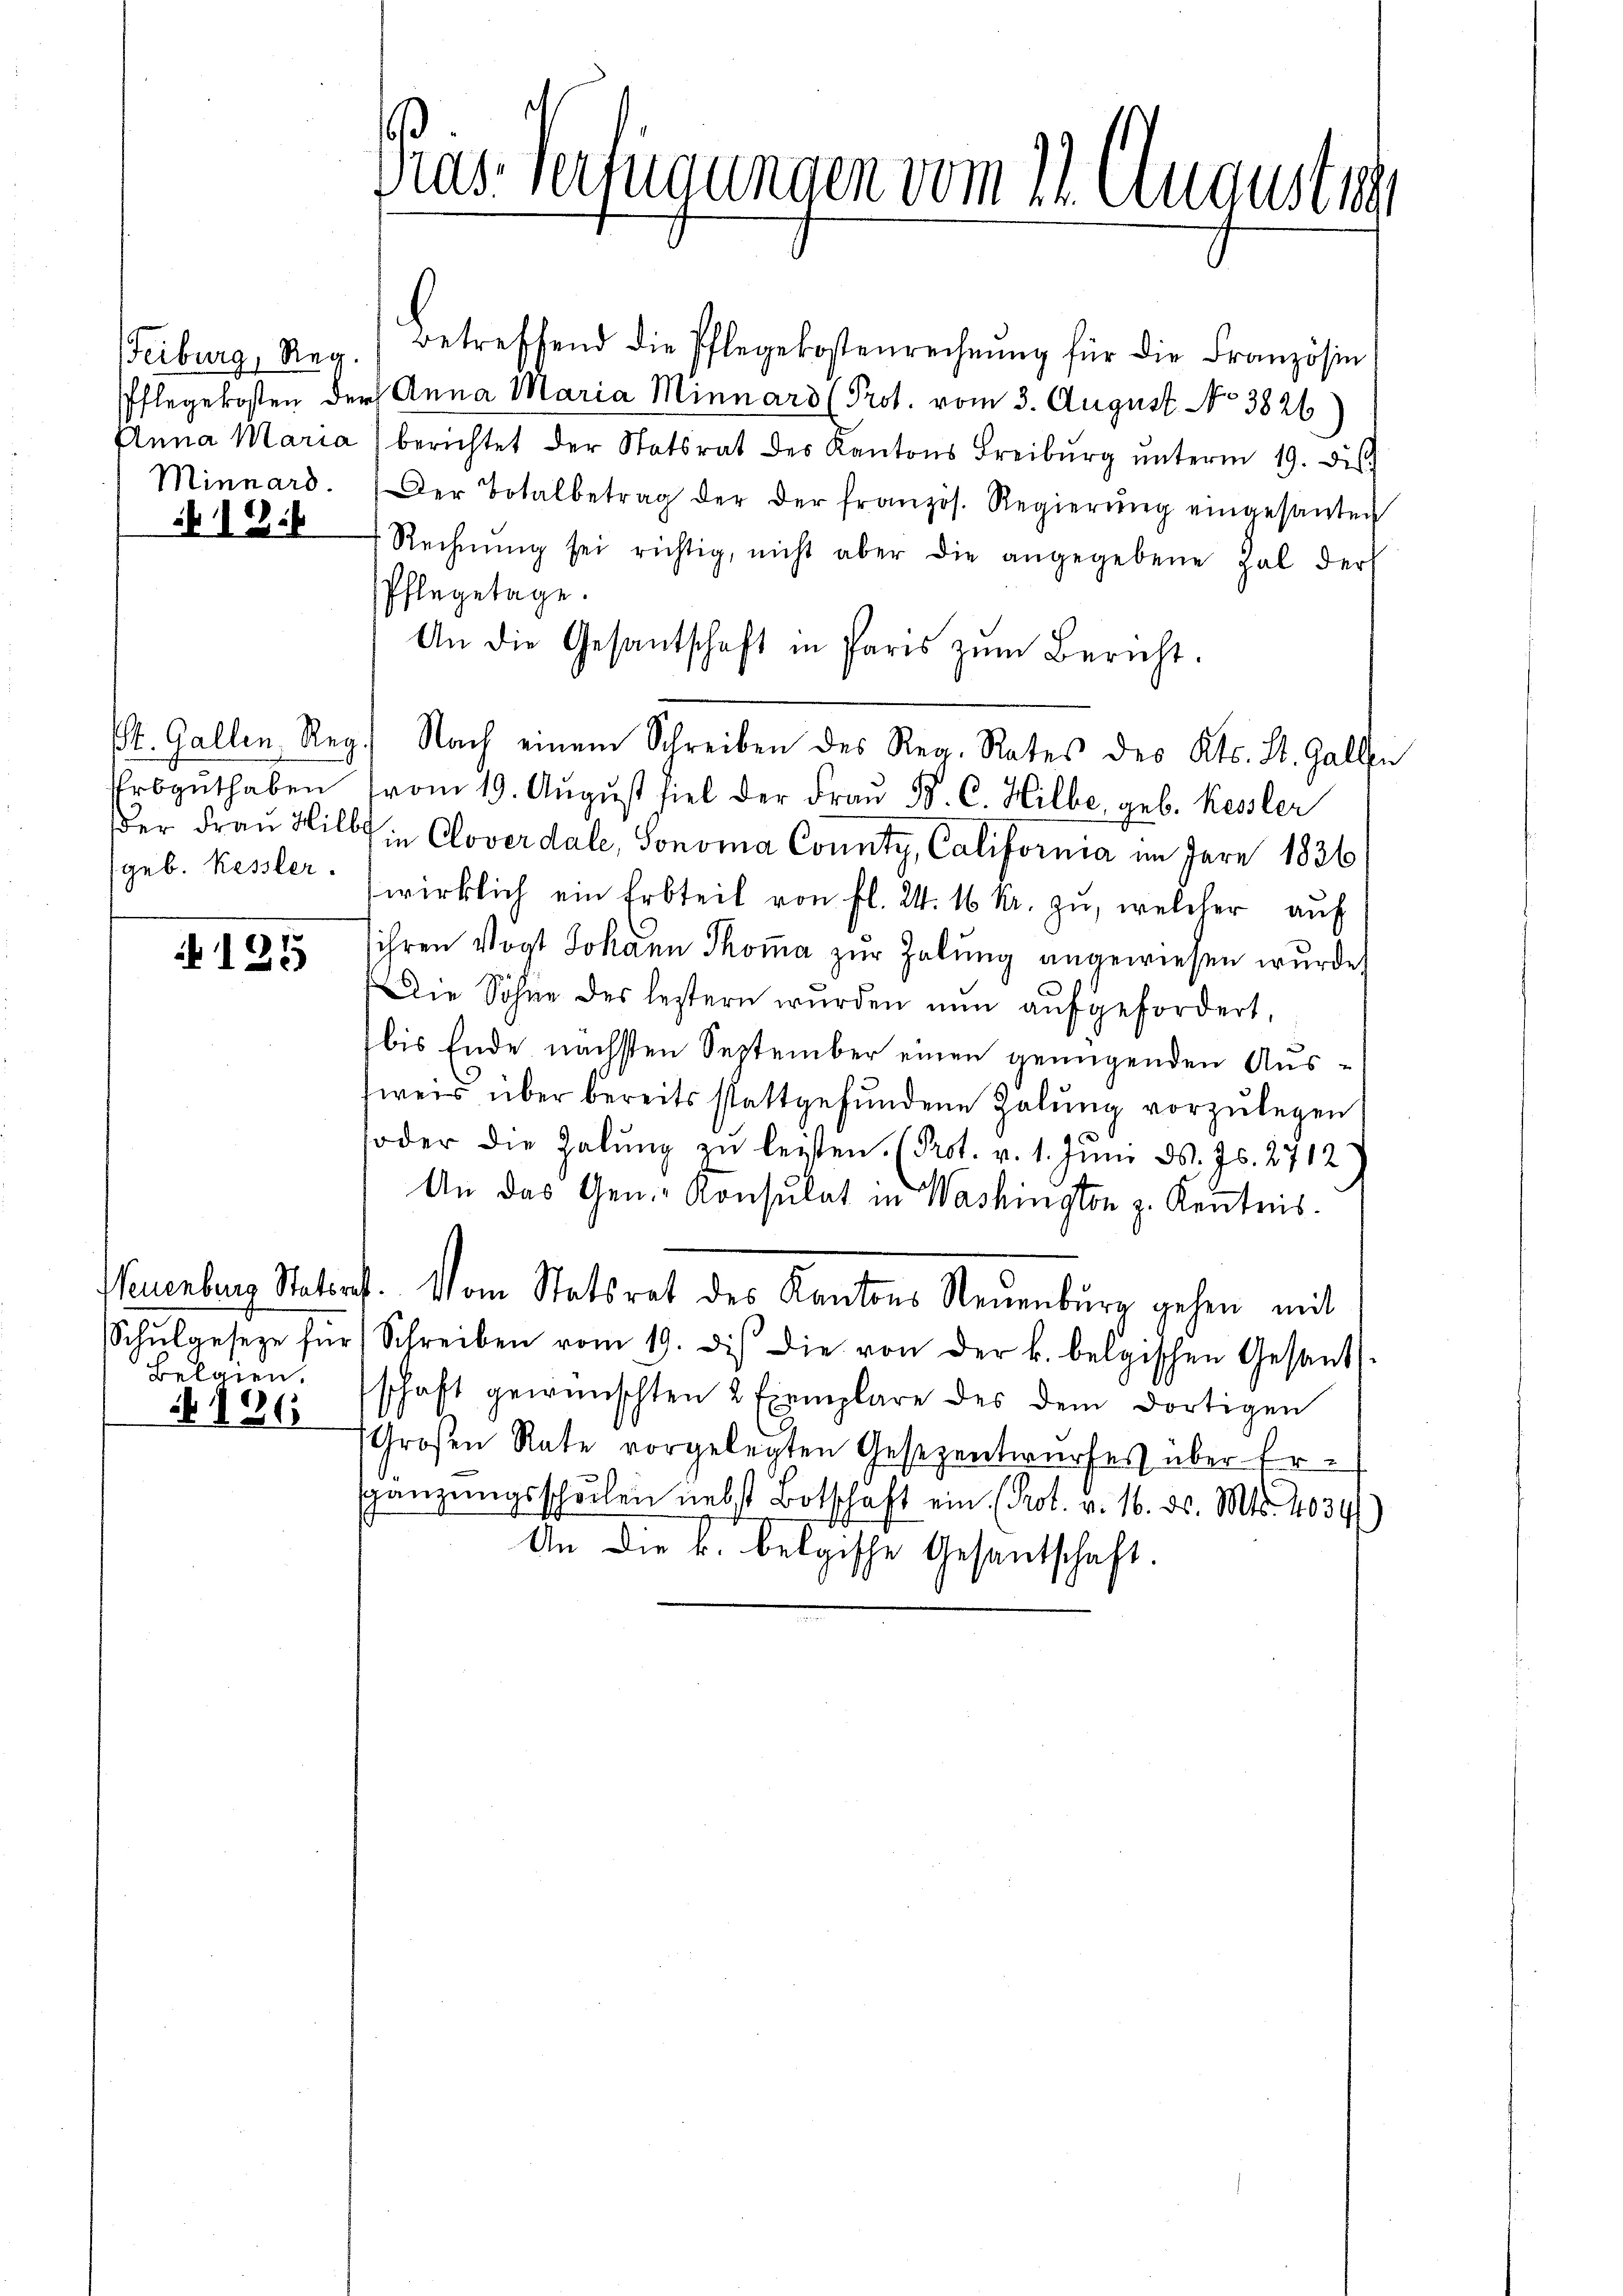
Minnard.
136

Urbguthaben
geb. Kessler.

125

Belgien.

126

Pras. Verfügungen vom 11. August ist

eiburg, Reg. Betreffend die Pflegekostenrechnŭng für die Französin
Pflegekosten der Anna Maria Minnars (Prot. vom 3. August No 3826
Anna Maria berichtet der Statsrat des Kantons Freibŭrg ŭnterm 19. ds.
Der Totalbetrag der der französ. Regierŭng eingesanten
Rechnŭng sei richtig, nicht aber die angegebene hal der
Pflegetage.
An die Gesantschaft in Paris zŭm Bericht.
St. Gallen Reg. Nach einem Schreiben des Reg. Rates des Kts. St. Gallen
vom 19. Aŭgŭst fiel der Frau B. C. Hilbe, geb. Kessler
er Frau Will in Cloverdale, Honora County, California im Jare 1836
wirklich ein Erbteil von fl. 24. 16 kr. zŭ, welcher auf
ihren Vogt Johann Thoma zur Zelung angewiesen wurde.
Die Sohne des lestern wurden nŭn aŭfgefordert,
bis Ende nächsten September einen genügenden Ausweis über bereits stattgefundene Zalŭng vorzulegen
soder die Zalŭng zŭ leisten. (Prot. v. 1. Juni d. Js. 2712
An das Gen.- Konsulat in Washington z. Kenntnis.
Neuenburg Statorf. Vom Statsrat des Kantons Neuenburg gehen mit
Schŭlgesetze für (Schreiben vom 19. des die von der k. belgischen Gesand
schaft gewünschten 2 Exemplare des dem dortigen
(Großen Rate vorgelegten Gesezentwurfes über Ergänzungsschulen nebst Botschaft ein (Prot. v. 16. ds. Mts. 2034)
An die k. belgische Gesandtschaft.